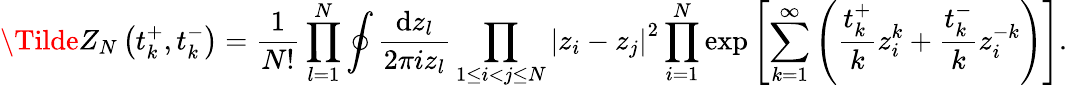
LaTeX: \Tilde{Z}_{N}\left(t_{k}^{+},t_{k}^{-}\right)=\frac{1}{N!}\prod_{l=1}^{N}\oint\frac{{\mathrm{d}}z_{l}}{2\pi iz_{l}}\prod_{1\leq i<j\leq N}\left|z_{i}-z_{j}\right|^{2}\prod_{i=1}^{N}\exp\left[\sum_{k=1}^{\infty}\left(\frac{t_{k}^{+}}{k}z_{i}^{k}+\frac{t_{k}^{-}}{k}z_{i}^{-k}\right)\right].